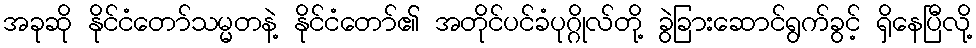
အခုဆို နိုင်ငံတော်သမ္မတနဲ့ နိုင်ငံတော်၏ အတိုင်ပင်ခံပုဂ္ဂိုလ်တို့ ခွဲခြားဆောင်ရွက်ခွင့် ရှိနေပြီလို့